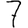
Digit: 7